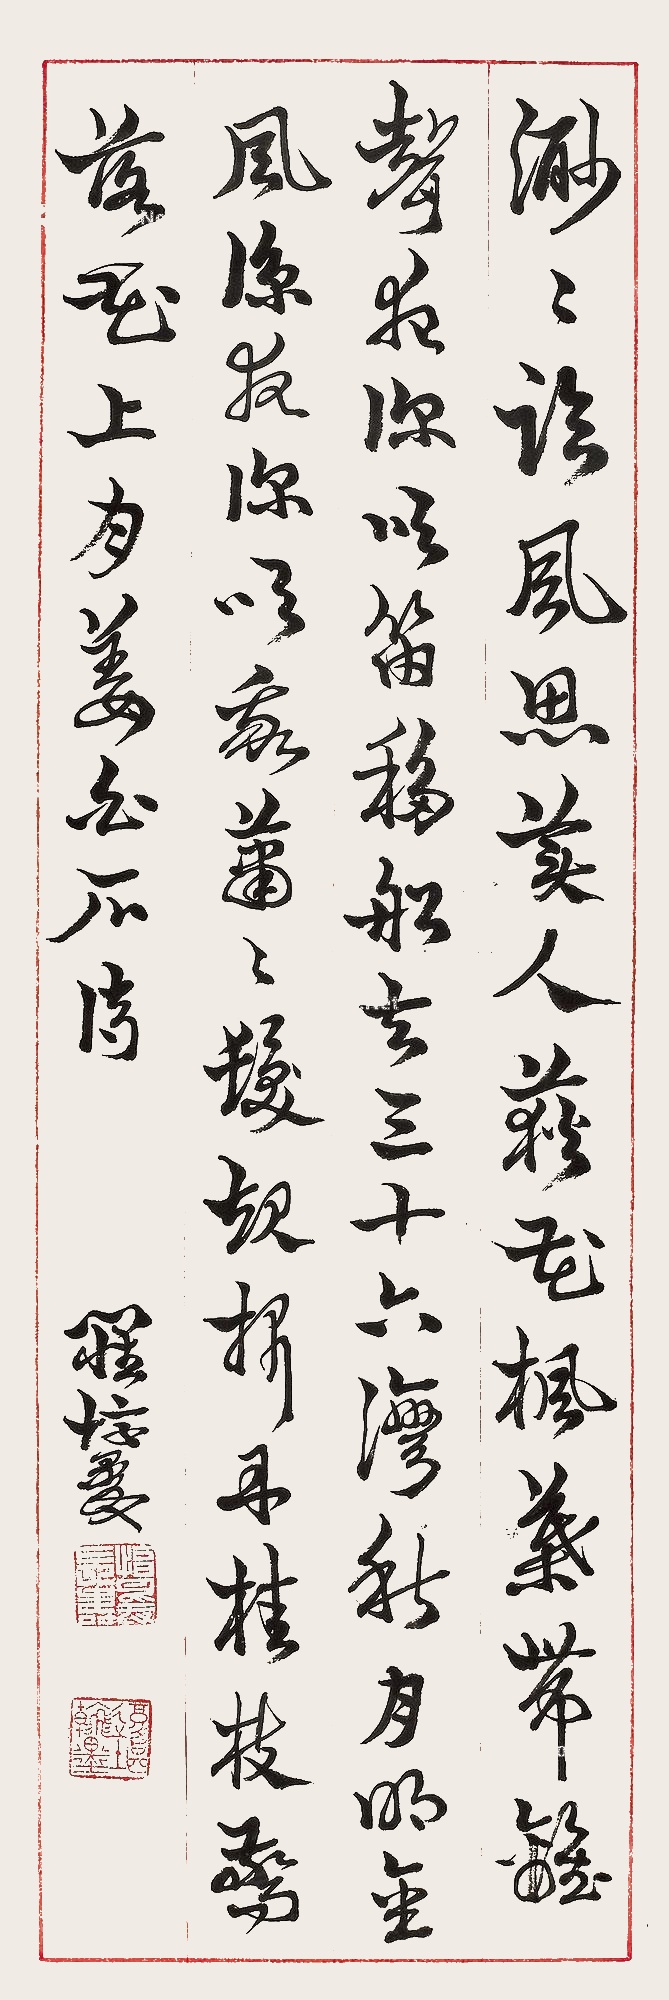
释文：渺渺临风思美人，荻花枫叶带离声。夜深吹笛移船去，三十六湾秋月明。金风凉夜深，吹我萧萧发。起折丹桂枝，惊落花上月。姜白石诗。罗惇㬊。罗惇㬊长寿、复堪翰墨